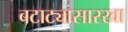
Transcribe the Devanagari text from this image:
बटाट्यासारखा